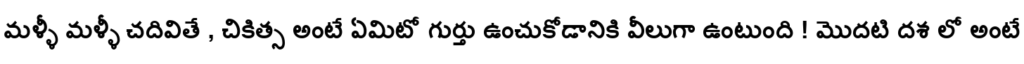
మళ్ళీ మళ్ళీ చదివితే , చికిత్స అంటే ఏమిటో గుర్తు ఉంచుకోడానికి వీలుగా ఉంటుంది ! మొదటి దశ లో అంటే